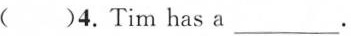
( )4.Tim has a___.